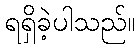
ရရှိခဲ့ပါသည်။